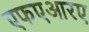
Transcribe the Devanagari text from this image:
एफएआरए